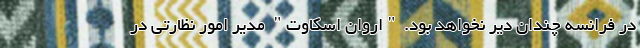
در فرانسه چندان دیر نخواهد بود. "اروان اسکاوت" مدیر امور نظارتی در